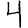
Digit: 4